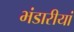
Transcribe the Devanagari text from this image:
भंडारीयां